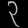
Digit: ၃